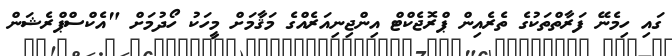
ގައި ހިމެނޭ ފަރާތްތަކުގެ ތެރެއިން ޕްރޮޖެކްޓް އިންޖިނިއަރެއްގެ މަޤާމަށް މީހަކު ހޯދުމަށް "އެކްސްޕްރެޝަން